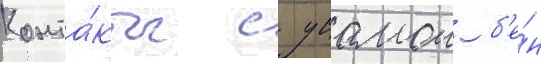
Конта́кты с усамои б'е́н